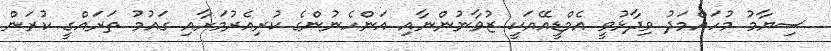
ސިޔާމު މުހައްމަދު ވިދާޅުވީ އެމްޑީއޭއަކީ ޒުވާނުންނާއި އަންހެނުންގެ ކުރިއެރުމަށާއި ގައުމު ތަރައްގީ ކުރަން